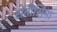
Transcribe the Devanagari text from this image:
संतीसिमा